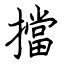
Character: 擋